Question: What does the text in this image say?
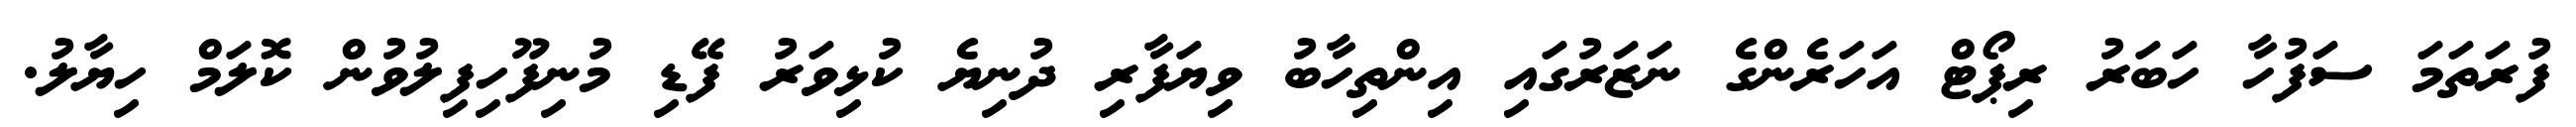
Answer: ފުރަތަމަ ސަފުހާ ހަބަރު ރިޕޯޓް އަހަރެންގެ ނަޒަރުގައި އިންތިހާބު ވިޔަފާރި ދުނިޔެ ކުޅިވަރު ފޭޑި މުނިފޫހިފިލުވުން ކޮލަމް ހިޔާލު.